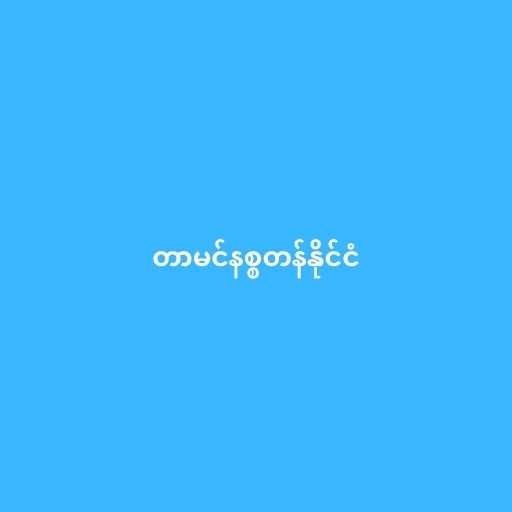
တာမင်နစ္စတန်နိုင်ငံ